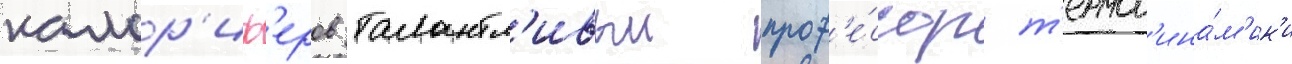
калор'иф'еров талантл'ивыи проф'е́ссор т'ермод'ина́м'ик'и